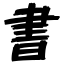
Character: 書